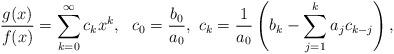
LaTeX: \begin{align*}\frac{g(x)}{f(x)}=\sum_{k=0}^{\infty}c_kx^k,\ \ c_0=\frac{b_0}{a_0},\ c_k=\frac{1}{a_0}\left(b_k-\sum_{j=1}^{k}a_jc_{k-j}\right),\end{align*}